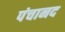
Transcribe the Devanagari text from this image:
पंचानद